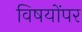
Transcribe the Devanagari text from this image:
विषयोंपर